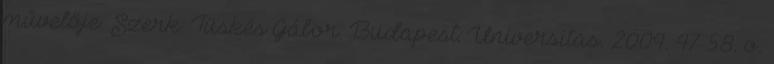
művelője. Szerk. Tüskés Gábor. Budapest: Universitas. 2004. 47–58. o.